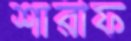
শারীফ